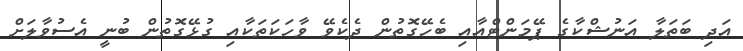
އަދި ބަތަލާ އަނުޝްކާގެ ޕޭމަންޓްއާއި ބެހޭގޮތުން ދެކެވޭ ވާހަކަތަކާއި ގުޅޭގޮތުން ބުނީ އެސުވާލަށް